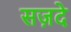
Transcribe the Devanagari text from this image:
सज़दे